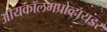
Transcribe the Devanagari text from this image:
आयकॉलमप्रोव्हायडर